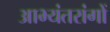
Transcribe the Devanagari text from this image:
आभ्यंतरांगों